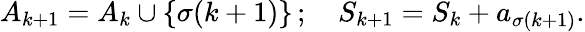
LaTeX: A_{k+1}=A_{k}\cup\{ \sigma(k+1)\} \, ;\quad S_{k+1}=S_{k}+a_{\sigma(k+1)}.